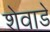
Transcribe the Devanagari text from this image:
शेवाडे